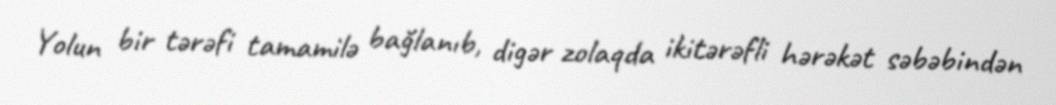
Yolun bir tərəfi tamamilə bağlanıb, digər zolaqda ikitərəfli hərəkət səbəbindən